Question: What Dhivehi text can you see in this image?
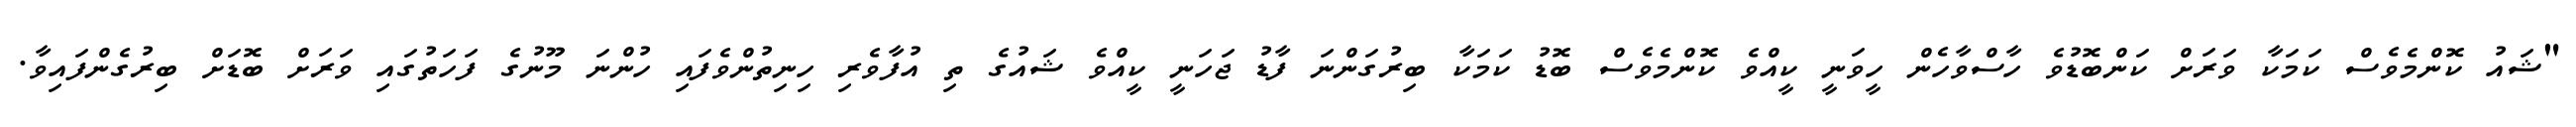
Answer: "ޝައު ކޮންމެވެސް ކަމަކާ ވަރަށް ކަންބޮޑުވެ ހާސްވާހެން ހީވަނީ ކީއްވެ ކޮންމެވެސް ބޮޑު ކަމަކާ ބިރުގަންނަ ފާޑު ޖަހަނީ ކީއްވެ ޝައުގެ ތި އުފާވެރި ހިނިތުންވެފައި ހުންނަ މޫނުގެ ފަހަތުގައި ވަރަށް ބޮޑަށް ބިރުގެންފައިވާ.